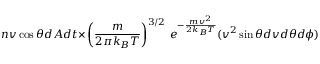
n v \cos { \theta } d A d t { \times } \left( { \frac { m } { 2 \pi k _ { B } T } } \right) ^ { 3 / 2 } \, e ^ { - { \frac { m v ^ { 2 } } { 2 k _ { B } T } } } ( v ^ { 2 } \sin { \theta } d v { d \theta } d \phi )